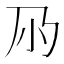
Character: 𡭘